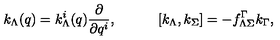
k _ { \Lambda } ( q ) = k _ { \Lambda } ^ { i } ( q ) { \frac { \partial } { \partial q ^ { i } } } , \quad \quad \quad [ k _ { \Lambda } , k _ { \Sigma } ] = - f _ { \Lambda \Sigma } ^ { \Gamma } k _ { \Gamma } ,